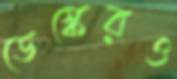
ডেস্কেরও